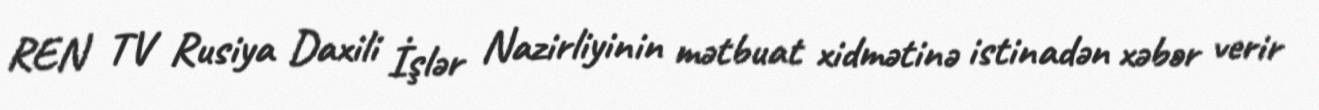
REN TV Rusiya Daxili İşlər Nazirliyinin mətbuat xidmətinə istinadən xəbər verir